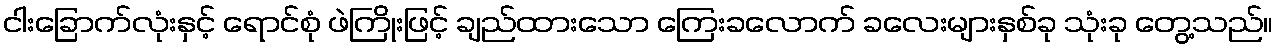
ငါးခြောက်လုံးနှင့် ရောင်စုံ ဖဲကြိုးဖြင့် ချည်ထားသော ကြေးခလောက် ခလေးများနှစ်ခု သုံးခု တွေ့သည်။